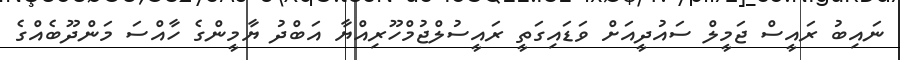
ނައިބު ރައީސް ޖަމީލް ސައުދީއަށް ވަޑައިގަތީ ރައީސުލްޖުމްހޫރިއްޔާ އަބްދު ޔާމީންގެ ހާއްސަ މަންދޫބެއްގެ